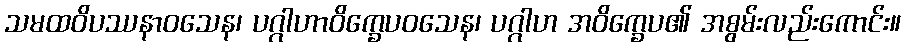
သမထဝိပဿနာဝသေန၊ ပဂ္ဂါဟာဝိက္ခေပဝသေန၊ ပဂ္ဂါဟ အဝိက္ခေပ၏ အစွမ်းလည်းကောင်း။